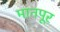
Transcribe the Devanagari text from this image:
मानपूर